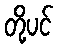
တို့ပင်